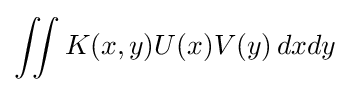
\iint K(x,y)U(x)V(y)\,dxdy